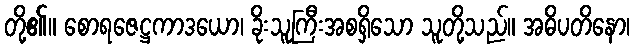
တို့၏။ စောရဇေဋ္ဌကာဒယော၊ ခိုးသူကြီးအစရှိသော သူတို့သည်။ အဓိပတိနော၊